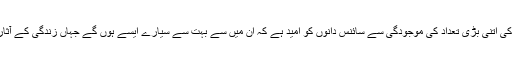
کائنات میں ستاروں کی اتنی بڑی تعداد کی موجودگی سے سائنس دانوں کو امید ہے کہ ان میں سے بہت سے سیارے ایسے ہوں گے جہاں زندگی کے آثار پائےجا سکتے ہیں۔